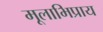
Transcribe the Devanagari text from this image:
मूलाभिप्राय